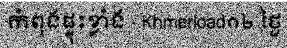
កំពុងផ្ទុះខ្លាំង - Khmerload១២ ថ្ងៃ